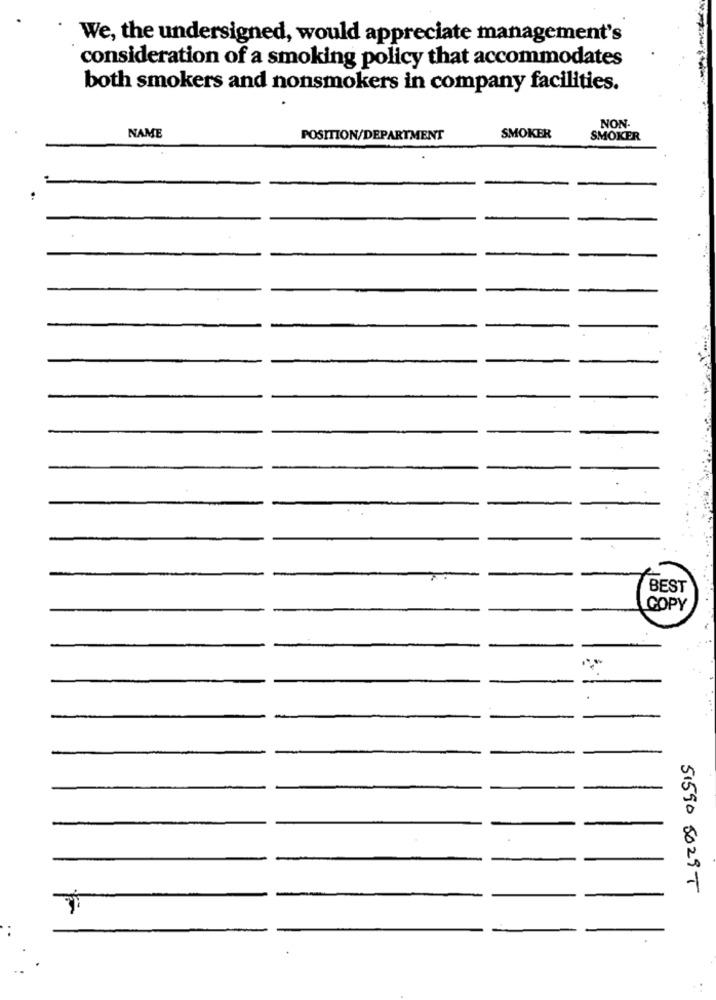
· We, the undersigned, would appreciate management's
consideration of a smoking policy that accommodates
both smokers and nonsmokers in company facilities.
NON-
NAME
POSITION/DEPARTMENT
SMOKER
SMOKER
BEST
COPY
51590 5029T